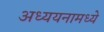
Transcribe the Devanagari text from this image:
अध्ययनामध्ये